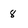
Character: 8